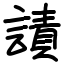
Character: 謮